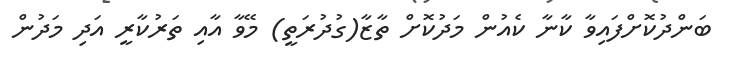
ބަންދުކޮށްފައިވާ ކާނާ ކެއުން މަދުކޮށް ތާޒާ(ގުދުރަތީ) މޭވާ އާއި ތަރުކާރީ އަދި މަދުން